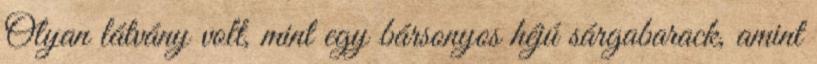
Olyan látvány volt, mint egy bársonyos héjú sárgabarack, amint